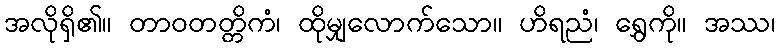
အလိုရှိ၏။ တာဝတတ္တိကံ၊ ထိုမျှလောက်သော။ ဟိရညံ၊ ရွှေကို။ အဿ၊